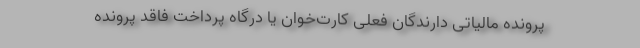
پرونده مالیاتی دارندگان فعلی کارت‌خوان یا درگاه پرداخت فاقد پرونده